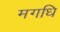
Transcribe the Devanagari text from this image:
मगधि